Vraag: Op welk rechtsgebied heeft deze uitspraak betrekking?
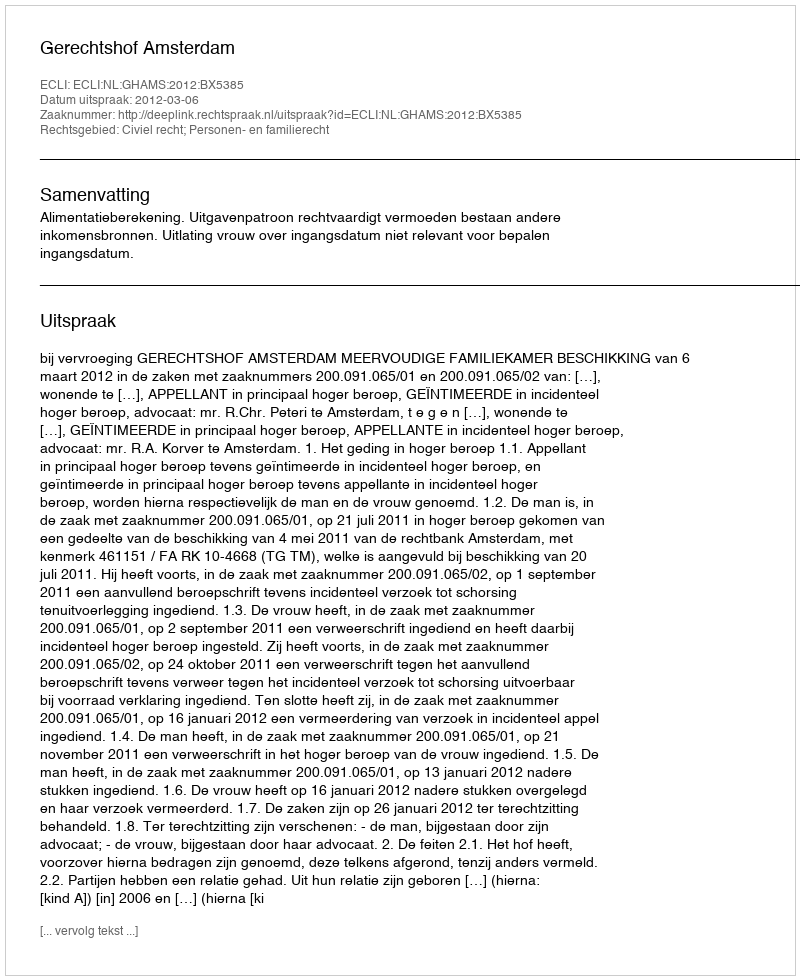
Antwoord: Civiel recht; Personen- en familierecht